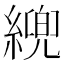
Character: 𦄓